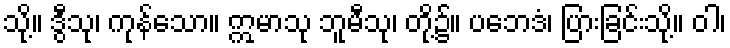
သို့။ ဒွီသု၊ ကုန်သော။ ဣမာသု ဘူမီသု၊ တို့၌။ ပဘေဒံ၊ ပြားခြင်းသို့။ ဝါ၊